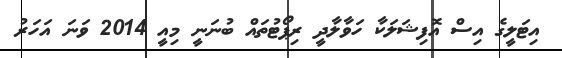
އިޓަލީގެ އިސް އޮފިޝަލަކާ ހަވާލާދީ ރިޕޯޓުތައް ބުނަނީ މިއީ 2014 ވަނަ އަހަރު